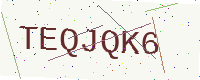
Text: TEQJQK6